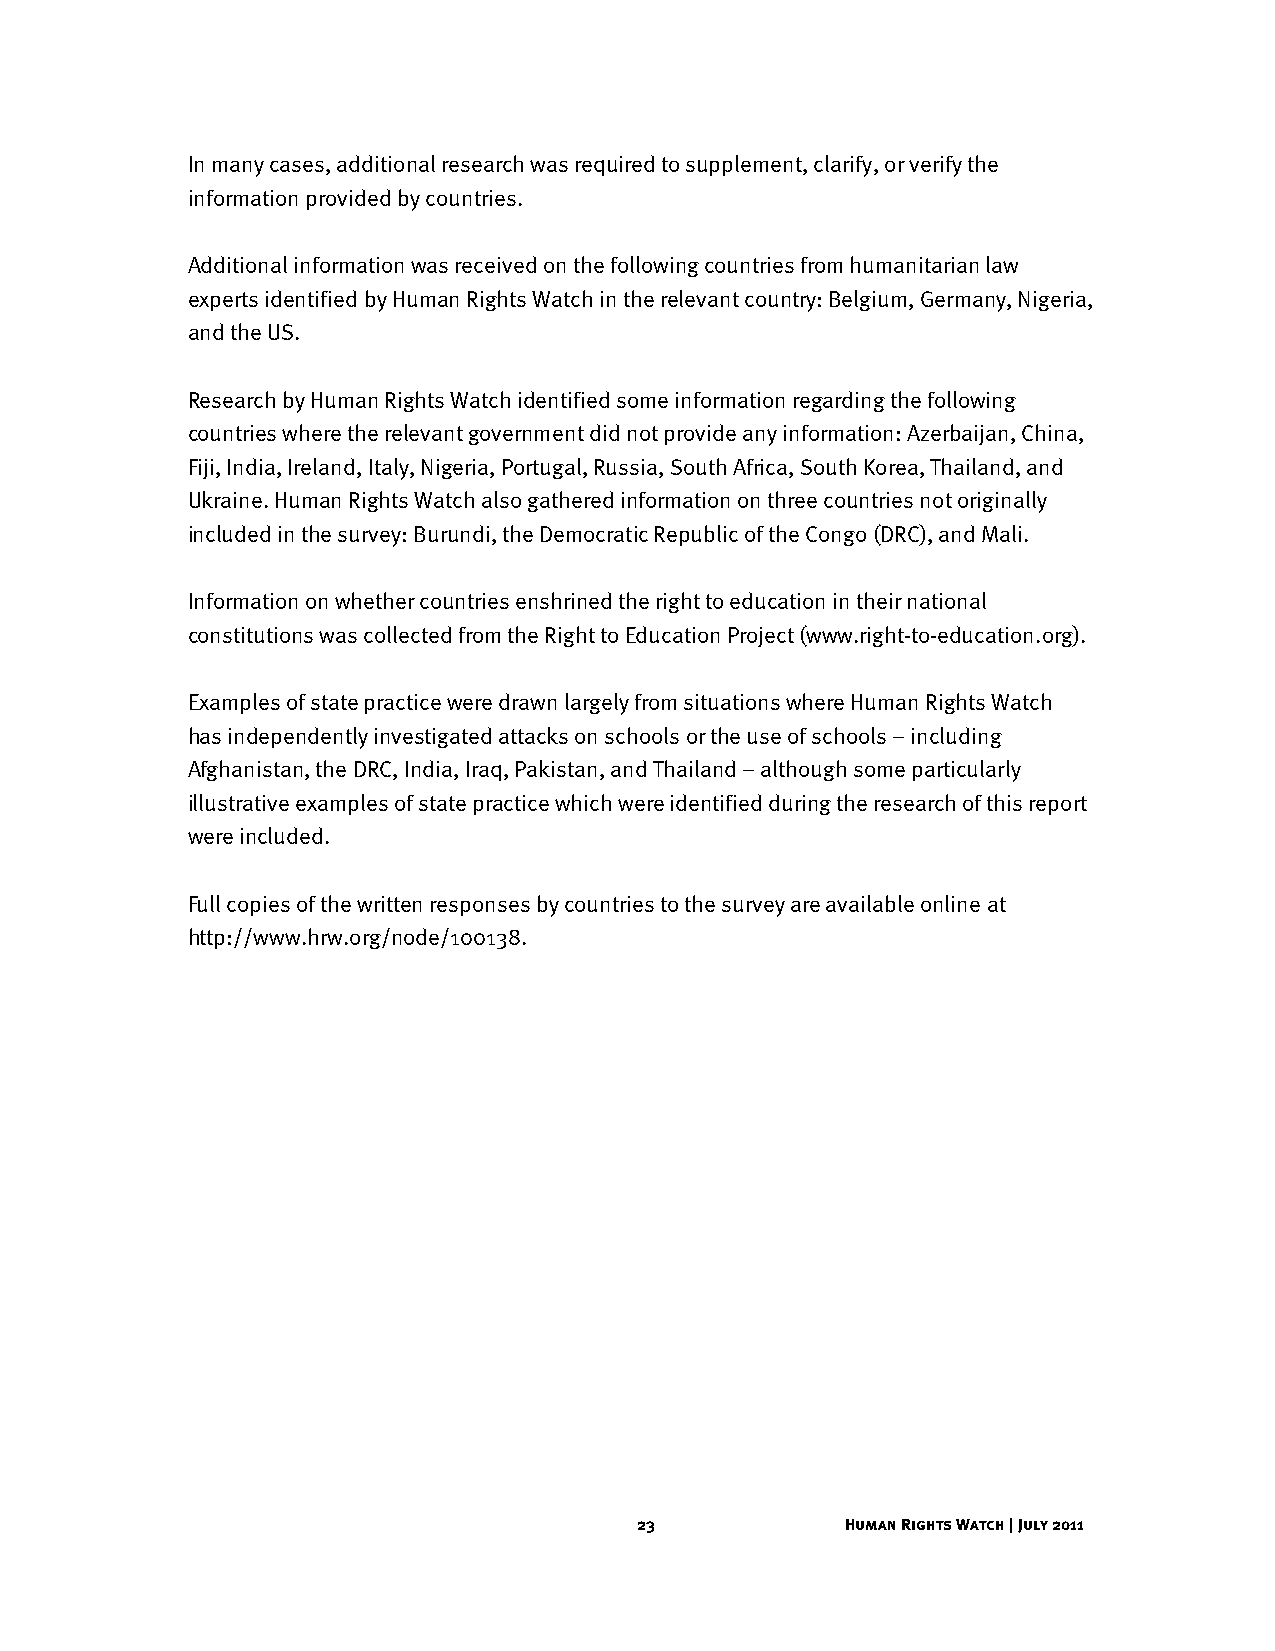
In many cases, additional research was required to supplement, clarify, or verify the
 information provided by countries.
 Additional information was received on the following countries from humanitarian law
 experts identified by Human Rights Watch in the relevant country: Belgium, Germany, Nigeria,
 and the US.
 Research by Human Rights Watch identified some information regarding the following
 countries where the relevant government did not provide any information: Azerbaijan, China,
 Fiji, India, Ireland, Italy, Nigeria, Portugal, Russia, South Africa, South Korea, Thailand, and
 Ukraine. Human Rights Watch also gathered information on three countries not originally
 included in the survey: Burundi, the Democratic Republic of the Congo (DRC), and Mali.
 Information on whether countries enshrined the right to education in their national
 constitutions was collected from the Right to Education Project (www.right-to-education.org).
 Examples of state practice were drawn largely from situations where Human Rights Watch
 has independently investigated attacks on schools or the use of schools – including
 Afghanistan, the DRC, India, Iraq, Pakistan, and Thailand – although some particularly
 illustrative examples of state practice which were identified during the research of this report
 were included.
 Full copies of the written responses by countries to the survey are available online at
 http://www.hrw.org/node/100138.
 23            Human Rights Watch | July 2011